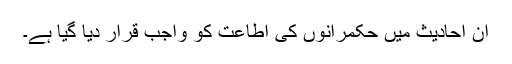
ان احادیث میں حکمرانوں کی اطاعت کو واجب قرار دیا گیا ہے۔